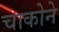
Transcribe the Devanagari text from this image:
चाकोने